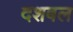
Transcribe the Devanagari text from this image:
दशबल